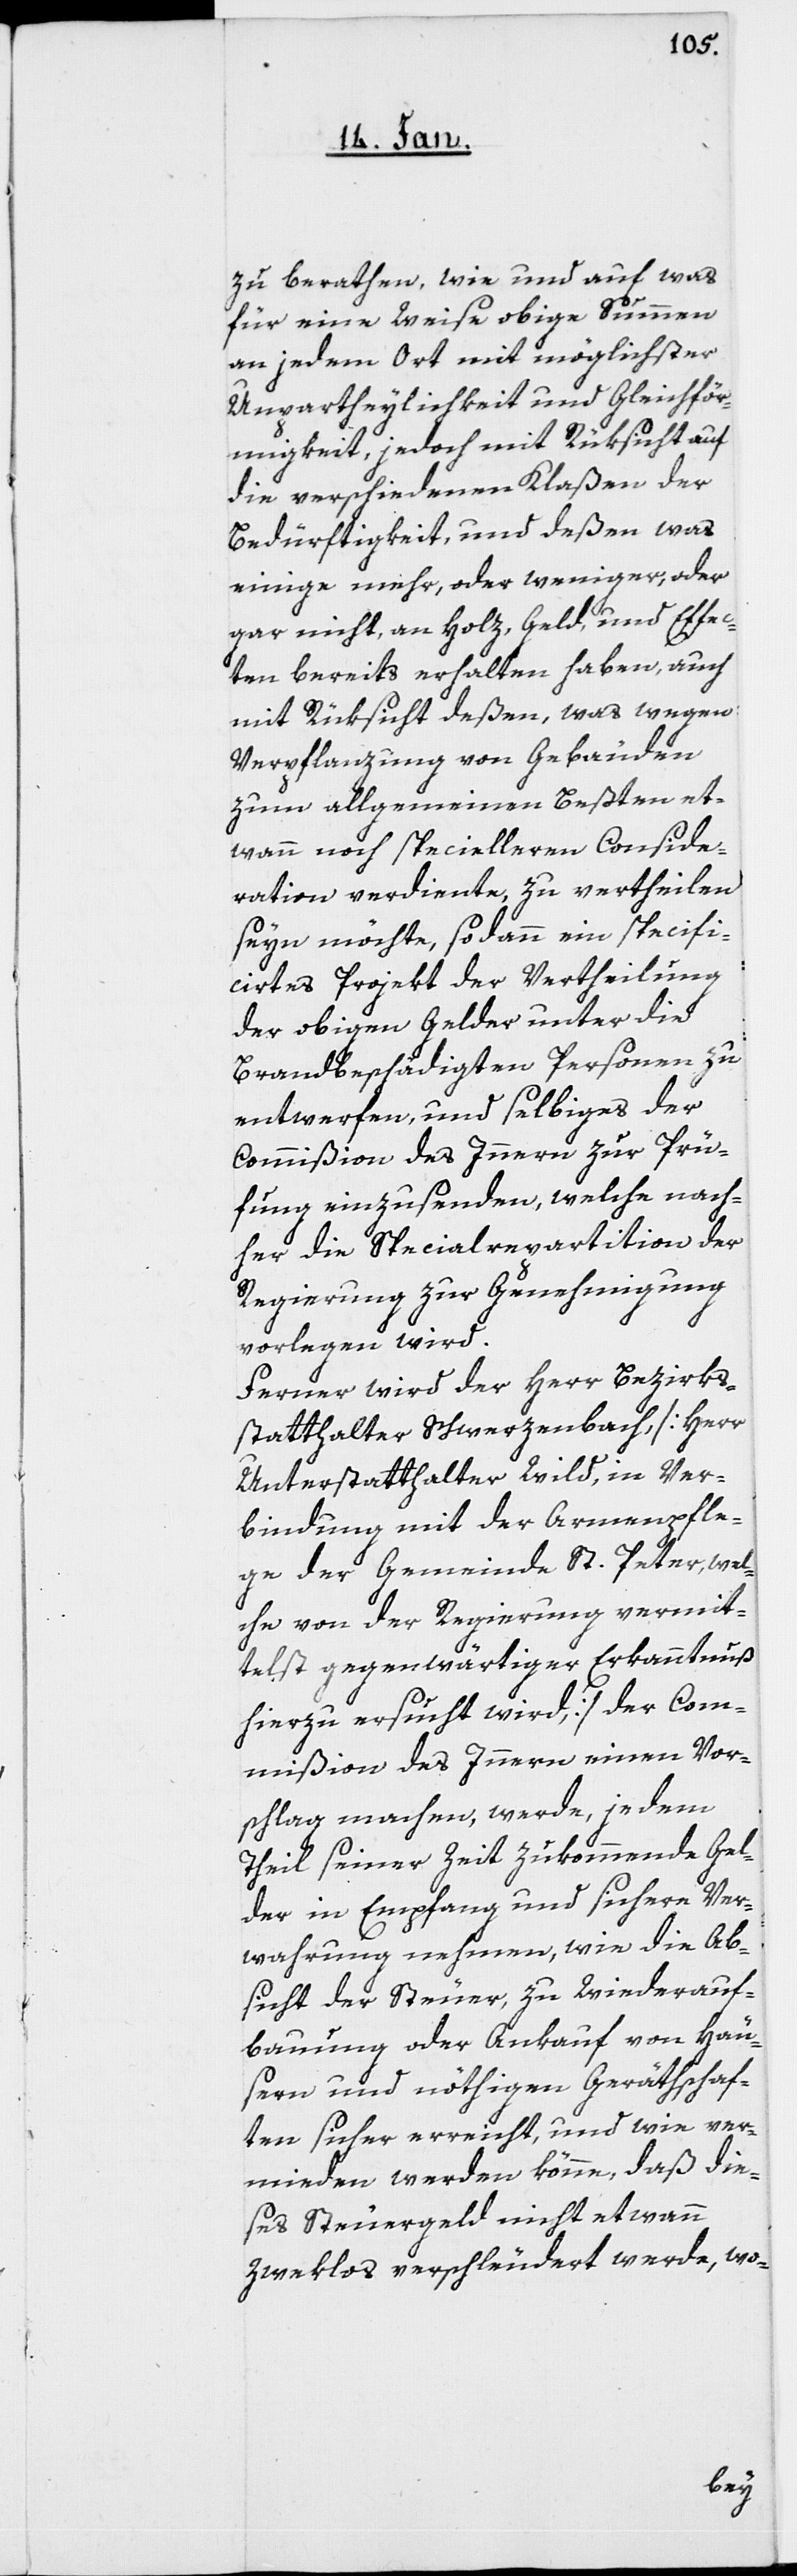
zu berathen, wie und auf was
für eine Weise obige Summen
an jedem Ort mit möglichster
Unpartheylichkeit und Gleichför¬
migkeit, jedoch mit Rücksicht auf
die verschiedenen Klaßen der
Bedürftigkeit, und deßen was
einige mehr, oder weniger, oder
gar nicht, an Holz, Geld, und Effec¬
ten bereits erhalten haben, auch
mit Rücksicht deßen, was wegen
Verpflanzung von Gebäuden
zum allgemeinen Beßten et¬
wann noch specielleren Conside¬
ration verdiente, zu vertheilen
seyn möchte, sodann ein specifi¬
cirtes Projekt der Vertheilung
der obigen Gelder unter die
Brandbeschädigten Personen zu
entwerfen, und selbiges der
Commißion des Innern zur Prü¬
fung einzusenden, welche nach¬
her die Specialrepartition der
Regierung zur Genehmigung
vorlegen wird.
Ferner wird der Herr Bezirks¬
statthalter Schwerzenbach, [Herr
Unterstatthalter Wild, in Ver¬
bindung mit der Armenpfle¬
ge der Gemeinde St. Peter, wel¬
che von der Regierung vermit¬
telst gegenwärtiger Erkanntnuß
hierzu ersucht wird,] der Com¬
mißion es Innern einen Vor¬
schlag machen, werde, jedem
Theil seiner Zeit zukommende Gel¬
der in Empfang und sichere Ver¬
wahrung nehmen, wie die Ab¬
sicht der Steuer, zu Wiederauf¬
bauung oder Ankauf von Häu¬
sern und nöthigen Geräthschaf¬
ten sicher erreicht, und wie ver¬
mieden werden könne, daß die¬
ses Steuergeld nicht etwann
Zweklos verschleudert werde, wo-